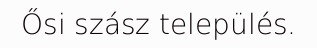
Ősi szász település.